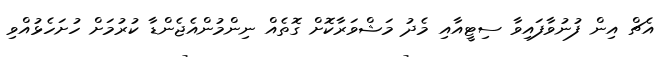
އެޗް އިން ފުނުވާފައިވާ ސިޓީއާއި މެދު މަޝްވަރާކޮށް ގޮތެއް ނިންމުންއެޖެންޑާ ކުރުމަށް ހުށަހެޅުއްވި